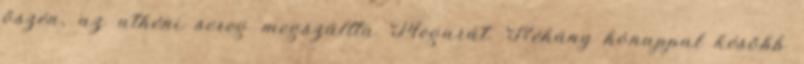
őszén, az athéni sereg megszállta Megarát. Néhány hónappal később